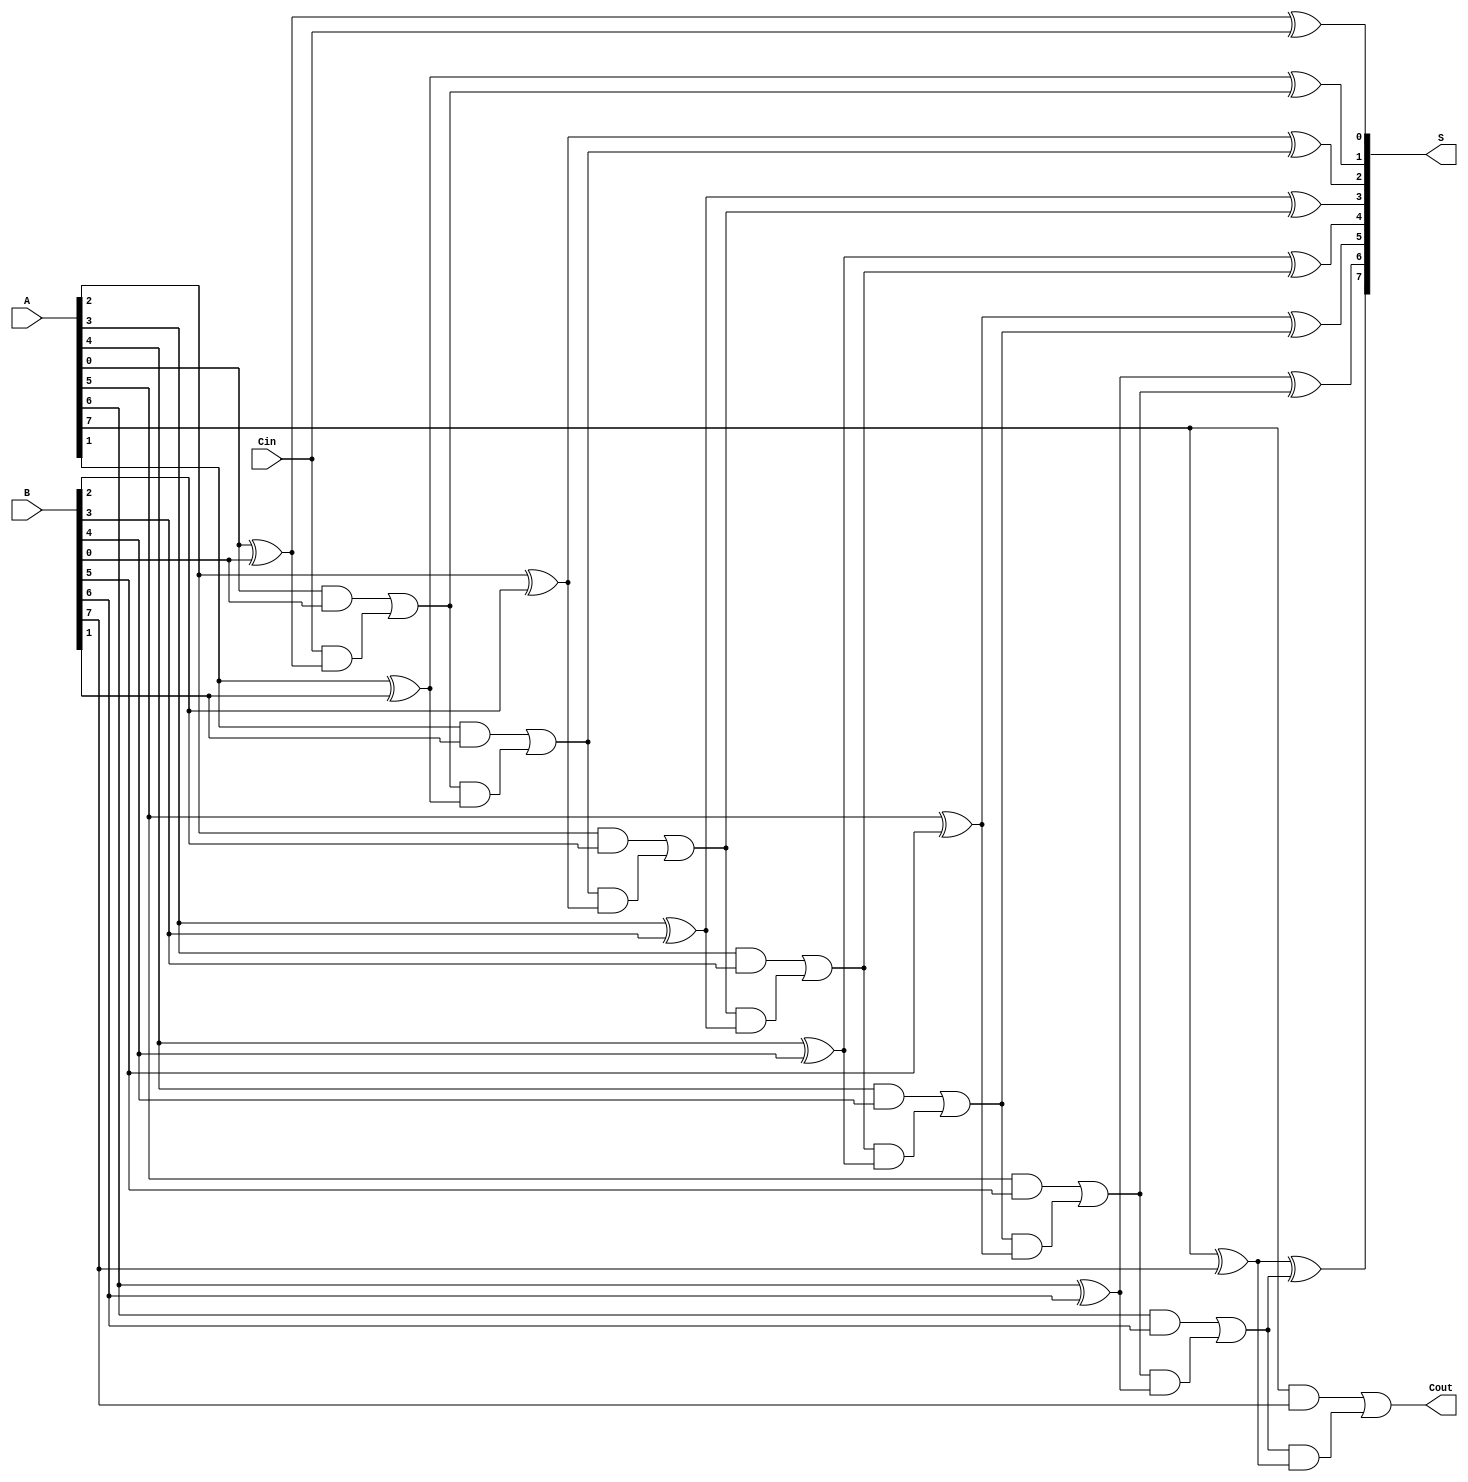
module ManchesterCarryChainAdder #(
    parameter N = 8 // Default bit-width
)(
    input  wire [N-1:0] A,    // First n-bit input
    input  wire [N-1:0] B,    // Second n-bit input
    input  wire Cin,           // Carry-in
    output wire [N-1:0] S,     // n-bit sum output
    output wire Cout           // Carry-out
);

    // Intermediate carry signals
    wire [N:0] C; // C[0] is the carry-in, C[N] is the carry-out

    // Assign the initial carry-in
    assign C[0] = Cin;

    // Generate sum and carry signals
    genvar i;
    generate
        for (i = 0; i < N; i = i + 1) begin : carry_chain
            // Sum calculation
            assign S[i] = A[i] ^ B[i] ^ C[i];

            // Carry generation
            assign C[i + 1] = (A[i] & B[i]) | (C[i] & (A[i] ^ B[i]));
        end
    endgenerate

    // Final carry-out
    assign Cout = C[N];

endmodule